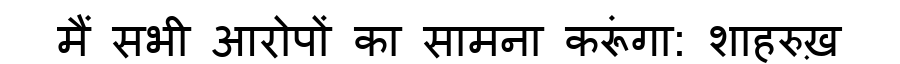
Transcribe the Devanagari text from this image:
मैं सभी आरोपों का सामना करूंगा: शाहरुख़